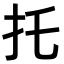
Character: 托